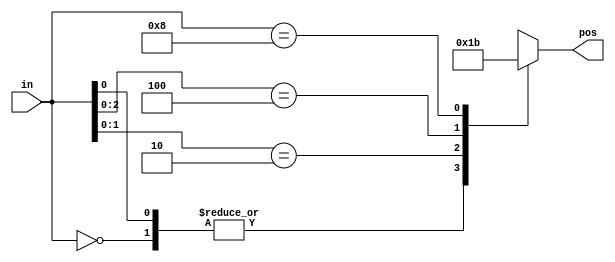
// synthesis verilog_input_version verilog_2001
module top_module (
    input [3:0] in,
    output reg [1:0] pos  );

    always @* begin
        casex(in)
            4'b0000: pos = 0;
            4'b???1: pos = 0;
            4'b??10: pos = 1;
            4'b?100: pos = 2;
            4'b1000: pos =3;
        endcase
    end
    
endmodule